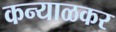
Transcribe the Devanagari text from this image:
कन्याळकर